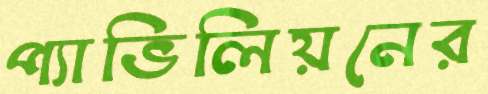
প্যাভিলিয়নের